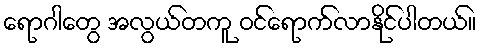
ရောဂါတွေ အလွယ်တကူ ဝင်ရောက်လာနိုင်ပါတယ်။